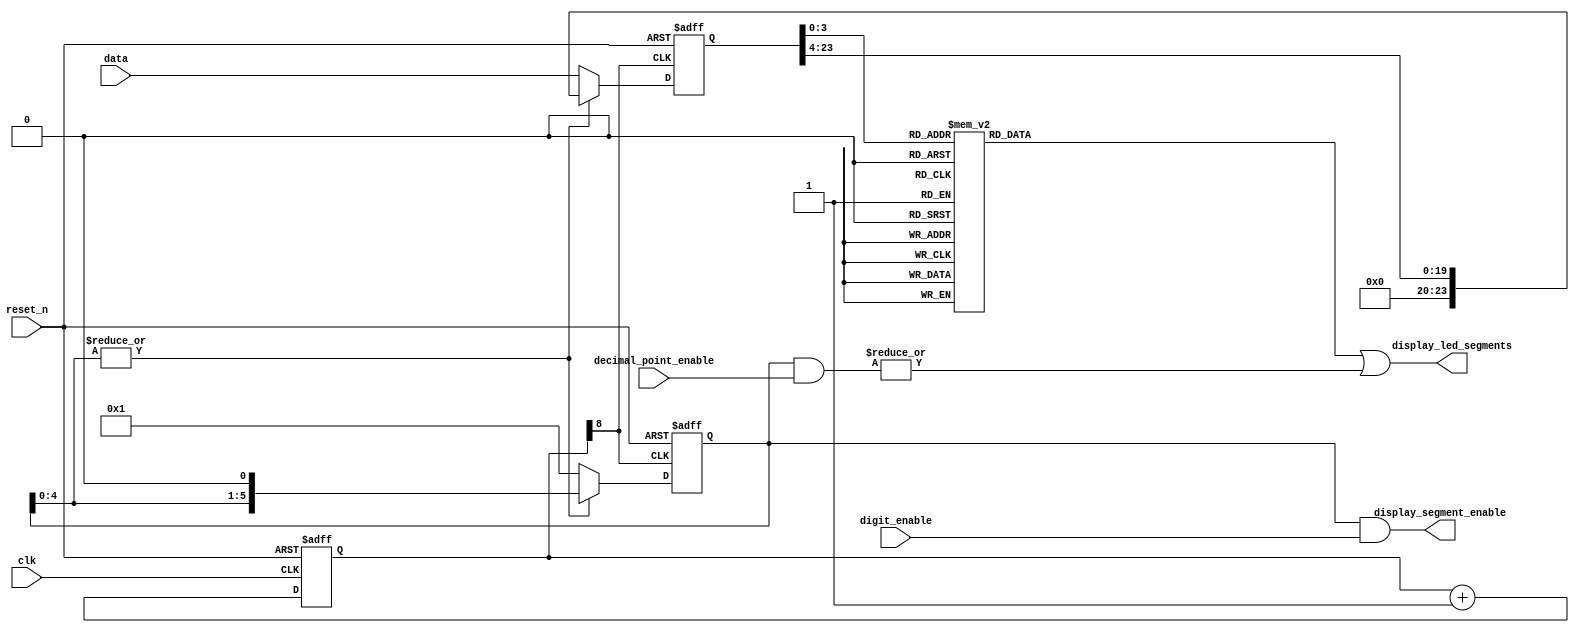

//
// Driver for 7-segment LED block display. Input data are represented
// as a hexadecimal number.
//
module _7segment_display_driver #(
    // Incoming clock line frequency.
    parameter CLK_RATE_HZ = 390625,
    // Width of input data expressed ad a number of 4-bit entities.
    parameter WIDTH_NIBBLES = 6,
    // If clock signal frequency should be divided internally (set to 0 for simulation).
    parameter CLK_DIVIDE = 1
    )(
    // Input data.
    input wire[WIDTH_NIBBLES*4-1:0] data,
    // Control mask to blank separate digits.
    // User should assert bits to enable corresponding digits.
    input wire[WIDTH_NIBBLES-1:0] digit_enable,
    // Control mask to display decimal points.
    // User should assert bits to display decimal point for corresponding digits.
    input wire[WIDTH_NIBBLES-1:0] decimal_point_enable, 

    // LED block segments bus.
    // Bits are arranged in the following order: a-b-c-d-e-f-g-dp, where 'a' is a bit 7
    // and 'dp' is a bit 0, assuming that display segment layout is next:
    //
    //       /-a-/
    //      f   b
    //     /-g-/
    //    e   c
    //   /-d-/  dp
    //
    // Asserting any bit should turn on corresponding segment and vice versa.
    output wire[7:0] display_led_segments,
    // LED block digit select mask. Highest mask bit corresponds to highest input
    // data nibble and so on.
    // Asserting any bit should turn on corresponding block digit.
    output wire[WIDTH_NIBBLES-1:0] display_segment_enable,

    input wire reset_n,
    input wire clk
);
    // Clock divider config.
    // Input clock frequency must be divided to get something suitable for refreshing LED digits.
    localparam DISPLAY_REFRESH_RATE_HZ = 80;
    localparam DIGIT_REFRESH_RATE_HZ = DISPLAY_REFRESH_RATE_HZ * WIDTH_NIBBLES;
    // XST doesn't allow clog2() for localparams
    parameter CLK_DIVIDER_STAGES = $clog2(CLK_RATE_HZ / DIGIT_REFRESH_RATE_HZ) - 1;

    wire segment_clk;

    generate
        if (CLK_DIVIDE) begin
            reg[CLK_DIVIDER_STAGES-1:0] div_stages;
            always @(posedge clk or negedge reset_n) begin
                if (~reset_n) begin
                    div_stages <= 1'b0;
                end else begin
                    div_stages <= div_stages + 1'b1;
                end
            end
            assign segment_clk = div_stages[CLK_DIVIDER_STAGES-1];
        end
        else begin
            assign segment_clk = clk;
        end
    endgenerate

    reg[WIDTH_NIBBLES*4-1:0] data_reg;
    reg[WIDTH_NIBBLES-1:0] cur_active;
    reg[7:0] pattern;

    always @(*) begin
        case (data_reg[3:0])
                             // abcdefg  
            4'h0 : pattern = 8'b11111100;
            4'h1 : pattern = 8'b01100000;
            4'h2 : pattern = 8'b11011010;
            4'h3 : pattern = 8'b11110010;
            4'h4 : pattern = 8'b01100110;
            4'h5 : pattern = 8'b10110110;
            4'h6 : pattern = 8'b10111110;
            4'h7 : pattern = 8'b11100000;
            4'h8 : pattern = 8'b11111110;
            4'h9 : pattern = 8'b11110110;
            4'ha : pattern = 8'b11101110;
            4'hb : pattern = 8'b00111110;
            4'hc : pattern = 8'b10011100;
            4'hd : pattern = 8'b01111010;
            4'he : pattern = 8'b10011110;
            4'hf : pattern = 8'b10001110;
        endcase
    end

    always @(posedge segment_clk or negedge reset_n) begin
        if (~reset_n) begin
            data_reg <= 1'b0;
        end
        else if (~|cur_active[WIDTH_NIBBLES-2:0]) begin
            data_reg <= data;
        end
        else begin
            data_reg <= {{4{1'b0}}, data_reg[WIDTH_NIBBLES*4-1:4]};
        end
    end

    always @(posedge segment_clk or negedge reset_n) begin
        if (~reset_n) begin
            cur_active <= 1'b0;
        end
        else if (~(|cur_active[WIDTH_NIBBLES-2:0])) begin
            cur_active <= 1'b1;
        end
        else begin
            cur_active <= {cur_active[WIDTH_NIBBLES-2:0], 1'b0};
        end
    end

    wire decimal_point;
    assign decimal_point = |(cur_active & decimal_point_enable);

    assign display_segment_enable = cur_active & digit_enable;
    assign display_led_segments = pattern | {{7{1'b0}}, decimal_point};

endmodule